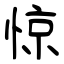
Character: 惊